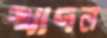
খাদন